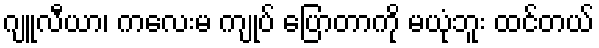
ဂျူလီယာ၊ ကလေးမ ကျုပ် ပြောတာကို မယုံဘူး ထင်တယ်